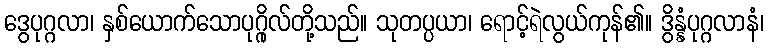
ဒွေပုဂ္ဂလာ၊ နှစ်ယောက်သောပုဂ္ဂိုလ်တို့သည်။ သုတပ္ပယာ၊ ရောင့်ရဲလွယ်ကုန်၏။ ဒွိန္နံပုဂ္ဂလာနံ၊